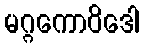
မဂ္ဂကောဝိဒေါ